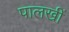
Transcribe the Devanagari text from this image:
पालखीं